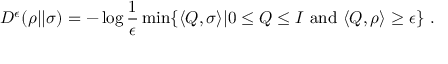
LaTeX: D ^ { \epsilon } ( \rho | | \sigma ) = - \log { \frac { 1 } { \epsilon } } \operatorname* { m i n } \{ \langle Q , \sigma \rangle | 0 \leq Q \leq I { \mathrm { ~ a n d ~ } } \langle Q , \rho \rangle \geq \epsilon \} ~ .